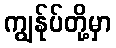
ကျွန်ုပ်တို့မှာ